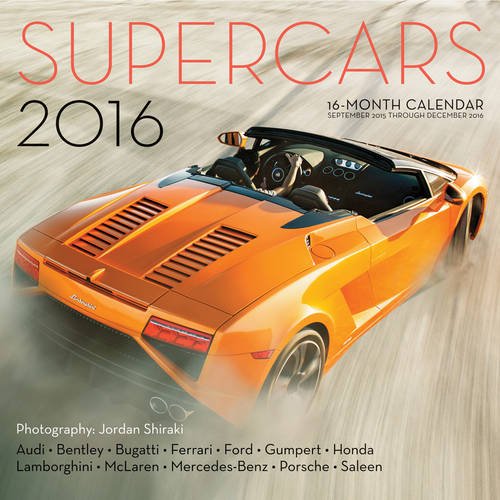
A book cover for Supercars 2016: 16-Month Calendar September 2015 through December 2016; Calendars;